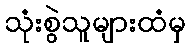
သုံးစွဲသူများထံမှ